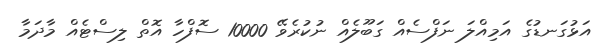
އަޅުގަނޑުގެ އަމިއްލަ ނަފްސެއް ގަބޫލެއް ނުކުރެވޭ 10000 ސޮފްހާ އޮތް ލިސްޓެއް މާދަމާ